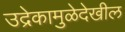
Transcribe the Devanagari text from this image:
उद्रेकामुळेदेखील